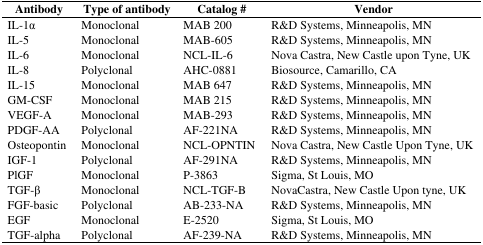
<table><thead><tr><td><b>Antibody </b></td><td><b>Type of antibody</b></td><td><b>Catalog #</b></td><td><b>Vendor</b></td></tr></thead><tbody><tr><td>IL-1α</td><td>Monoclonal</td><td>MAB 200</td><td>R&amp;D Systems, Minneapolis, MN</td></tr><tr><td>IL-5</td><td>Monoclonal</td><td>MAB-605</td><td>R&amp;D Systems, Minneapolis, MN</td></tr><tr><td>IL-6</td><td>Monoclonal</td><td>NCL-IL-6</td><td>Nova Castra, New Castle upon Tyne, UK</td></tr><tr><td>IL-8</td><td>Polyclonal</td><td>AHC-0881</td><td>Biosource, Camarillo, CA</td></tr><tr><td>IL-15</td><td>Monoclonal</td><td>MAB 647</td><td>R&amp;D Systems, Minneapolis, MN</td></tr><tr><td>GM-CSF</td><td>Monoclonal</td><td>MAB 215</td><td>R&amp;D Systems, Minneapolis, MN</td></tr><tr><td>VEGF-A</td><td>Monoclonal</td><td>MAB-293</td><td>R&amp;D Systems, Minneapolis, MN</td></tr><tr><td>PDGF-AA</td><td>Polyclonal</td><td>AF-221NA</td><td>R&amp;D Systems, Minneapolis, MN</td></tr><tr><td>Osteopontin</td><td>Monoclonal</td><td>NCL-OPNTIN</td><td>Nova Castra, New Castle Upon Tyne, UK</td></tr><tr><td>IGF-1</td><td>Polyclonal</td><td>AF-291NA</td><td>R&amp;D Systems, Minneapolis, MN</td></tr><tr><td>PlGF</td><td>Monoclonal</td><td>P-3863</td><td>Sigma, St Louis, MO</td></tr><tr><td>TGF-β</td><td>Monoclonal</td><td>NCL-TGF-B</td><td>NovaCastra, New Castle Upon tyne, UK</td></tr><tr><td>FGF-basic</td><td>Polyclonal</td><td>AB-233-NA</td><td>R&amp;D Systems, Minneapolis, MN</td></tr><tr><td>EGF</td><td>Monoclonal</td><td>E-2520</td><td>Sigma, St Louis, MO</td></tr><tr><td>TGF-alpha</td><td>Polyclonal</td><td>AF-239-NA</td><td>R&amp;D Systems, Minneapolis, MN</td></tr></tbody></table>